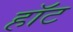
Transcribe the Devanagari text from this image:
हाॅट